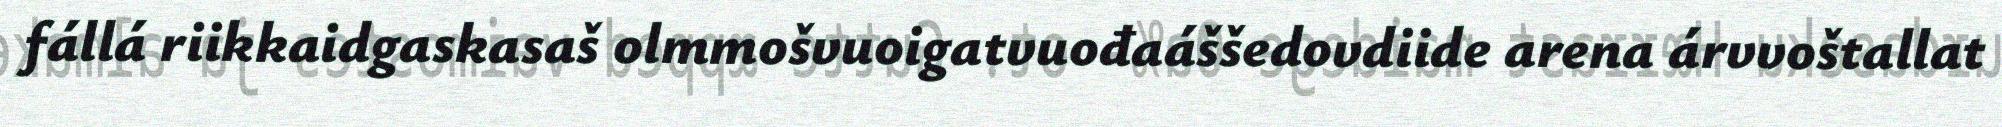
fállá riikkaidgaskasaš olmmošvuoigatvuođaáššedovdiide arena árvvoštallat